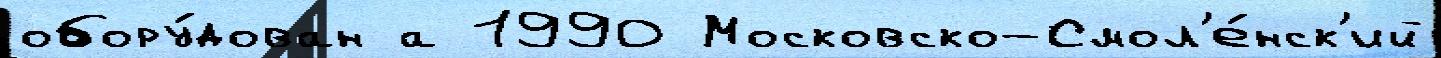
обору́дован а 1990 Московско-Смол'е́нск'ий